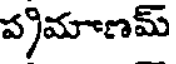
ప్రమాణమ్